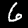
Digit: 6